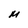
Character: M